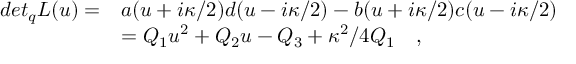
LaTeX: \begin{array} { l l } { { d e t _ { q } L ( u ) = } } & { { a ( u + i \kappa / 2 ) d ( u - i \kappa / 2 ) - b ( u + i \kappa / 2 ) c ( u - i \kappa / 2 ) } } \\ { { \, } } & { { = Q _ { 1 } u ^ { 2 } + Q _ { 2 } u - Q _ { 3 } + \kappa ^ { 2 } / 4 Q _ { 1 } \quad , } } \end{array}